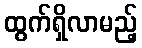
ထွက်ရှိလာမည့်